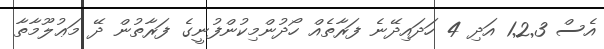
އެސް 1